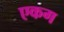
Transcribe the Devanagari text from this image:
एकग